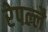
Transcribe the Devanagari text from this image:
रेपल्लै